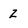
Character: Z